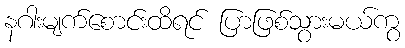
နဂါးမျက်စောင်းထိရင် ပြာဖြစ်သွားမယ်ကွ